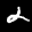
Label: 2